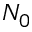
N _ { 0 }